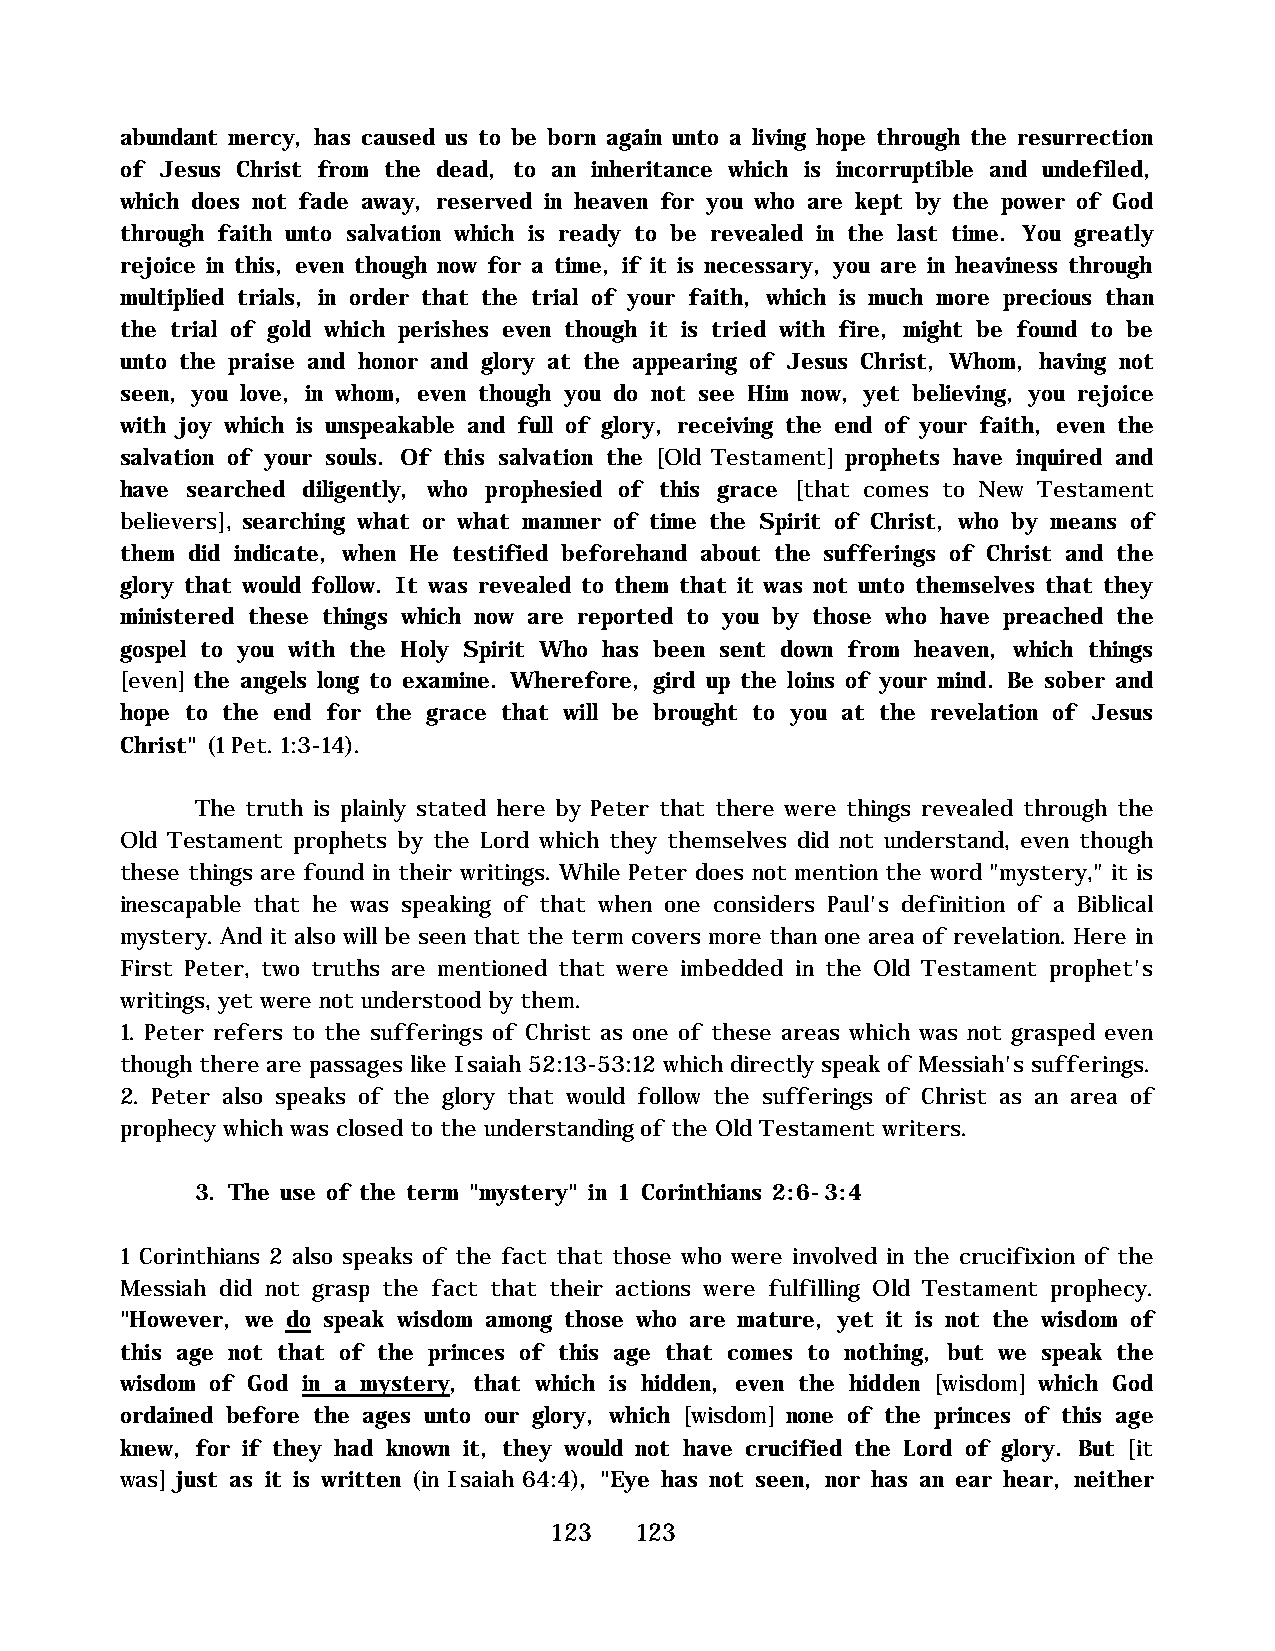
abundant mercy, has caused us to be born again unto a living hope through the resurrection
 of Jesus Christ from the dead, to an inheritance which is incorruptible and undefiled,
 which does not fade away, reserved in heaven for you who are kept by the power of God
 through faith unto salvation which is ready to be revealed in the last time. You greatly
 rejoice in this, even though now for a time, if it is necessary, you are in heaviness through
 multiplied trials, in order that the trial of your faith, which is much more precious than
 the trial of gold which perishes even though it is tried with fire, might be found to be
 unto the praise and honor and glory at the appearing of Jesus Christ, Whom, having not
 seen, you love, in whom, even though you do not see Him now, yet believing, you rejoice
 with joy which is unspeakable and full of glory, receiving the end of your faith, even the
 salvation of your souls. Of this salvation the [Old Testament] prophets have inquired and
 have searched diligently, who prophesied of this grace [that comes to New Testament
 believers], searching what or what manner of time the Spirit of Christ, who by means of
 them did indicate, when He testified beforehand about the sufferings of Christ and the
 glory that would follow. It was revealed to them that it was not unto themselves that they
 ministered these things which now are reported to you by those who have preached the
 gospel to you with the Holy Spirit Who has been sent down from heaven, which things
 [even] the angels long to examine. Wherefore, gird up the loins of your mind. Be sober and
 hope to the end for the grace that will be brought to you at the revelation of Jesus
 Christ" (1 Pet. 1:3-14).
 The truth is plainly stated here by Peter that there were things revealed through the
 Old Testament prophets by the Lord which they themselves did not understand, even though
 these things are found in their writings. While Peter does not mention the word "mystery," it is
 inescapable that he was speaking of that when one considers Paul's definition of a Biblical
 mystery. And it also will be seen that the term covers more than one area of revelation. Here in
 First Peter, two truths are mentioned that were imbedded in the Old Testament prophet's
 writings, yet were not understood by them.
 1. Peter refers to the sufferings of Christ as one of these areas which was not grasped even
 though there are passages like Isaiah 52:13-53:12 which directly speak of Messiah's sufferings.
 2. Peter also speaks of the glory that would follow the sufferings of Christ as an area of
 prophecy which was closed to the understanding of the Old Testament writers.
 3. The use of the term "mystery" in 1 Corinthians 2:6-3:4
 1 Corinthians 2 also speaks of the fact that those who were involved in the crucifixion of the
 Messiah did not grasp the fact that their actions were fulfilling Old Testament prophecy.
 "However, we do speak wisdom among those who are mature, yet it is not the wisdom of
 this age not that of the princes of this age that comes to nothing, but we speak the
 wisdom of God in a mystery, that which is hidden, even the hidden [wisdom] which God
 ordained before the ages unto our glory, which [wisdom] none of the princes of this age
 knew, for if they had known it, they would not have crucified the Lord of glory. But [it
 was] just as it is written (in Isaiah 64:4), "Eye has not seen, nor has an ear hear, neither
 123   123